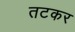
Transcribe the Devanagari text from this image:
तटकर